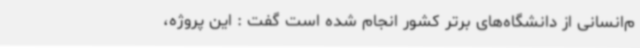
م‌انسانی از دانشگاه‌های برتر کشور انجام شده‌ است گفت : این پروژه،